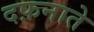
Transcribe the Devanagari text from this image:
दफ़नाते